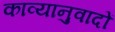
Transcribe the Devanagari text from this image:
काव्यानुवादों